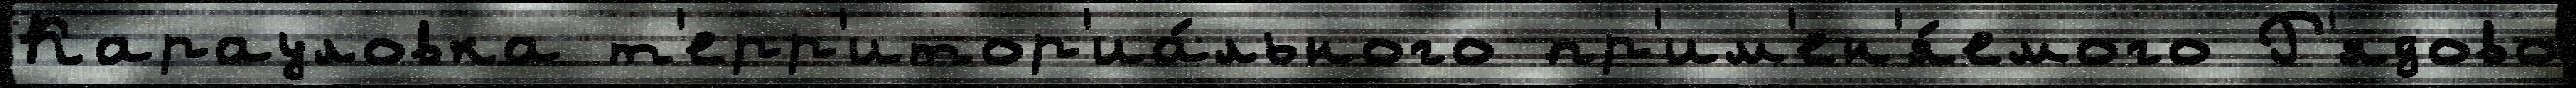
Карауловка т'ерр'итор'иа́льного пр'им'ен'я́емого Р'ядово